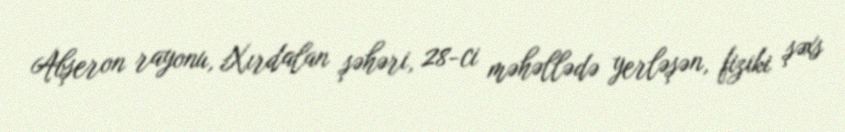
Abşeron rayonu, Xırdalan şəhəri, 28-ci məhəllədə yerləşən, fiziki şəxs